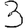
Digit: 3